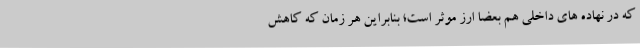
که در نهاده های داخلی هم بعضا ارز موثر است؛ بنابراین هر زمان که کاهش